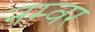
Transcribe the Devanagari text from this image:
नम्वर